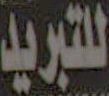
للتبريد